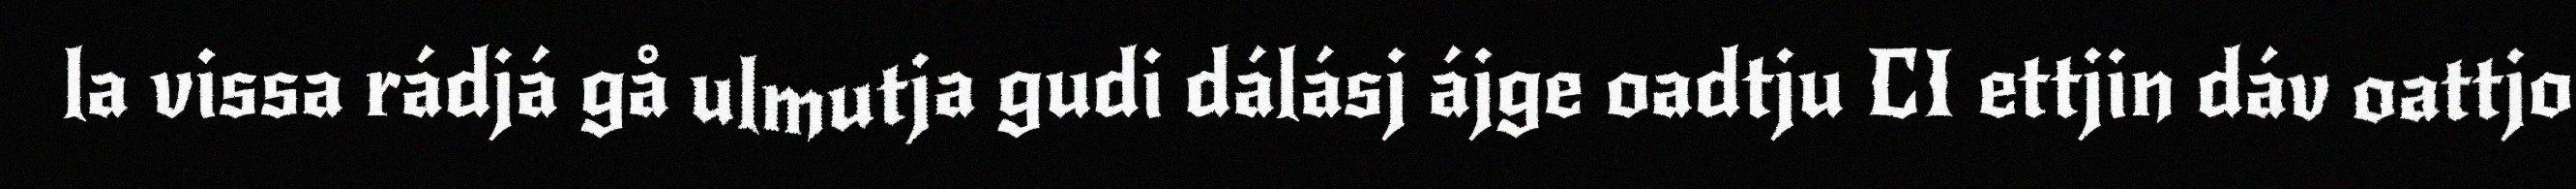
la vissa rádjá gå ulmutja gudi dálásj ájge oadtju CI ettjin dáv oattjo